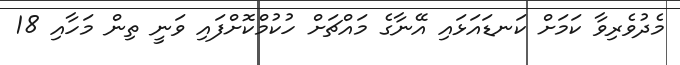
މެދުވެރިވާ ކަމަށް ކަނޑައަޅައި އޭނާގެ މައްޗަށް ހުކުމްކޮށްފައި ވަނީ ތިން މަހާއި 18